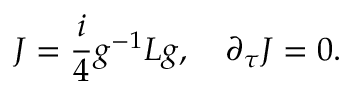
J = \frac { i } { 4 } g ^ { - 1 } L g , \quad \partial _ { \tau } J = 0 .